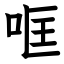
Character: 哐